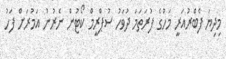
މިދިޔަ ފެބްރުއަރީ މަހުގެ ފުރަތަމަ ދުވަހު ސުޕްރީމް ކޯޓުން ނެރުނު އަމުރަށް ފަހު